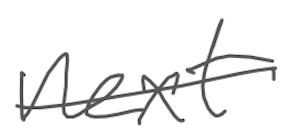
Text: next
Cross-out: single-line
Writing tool: digital_gray